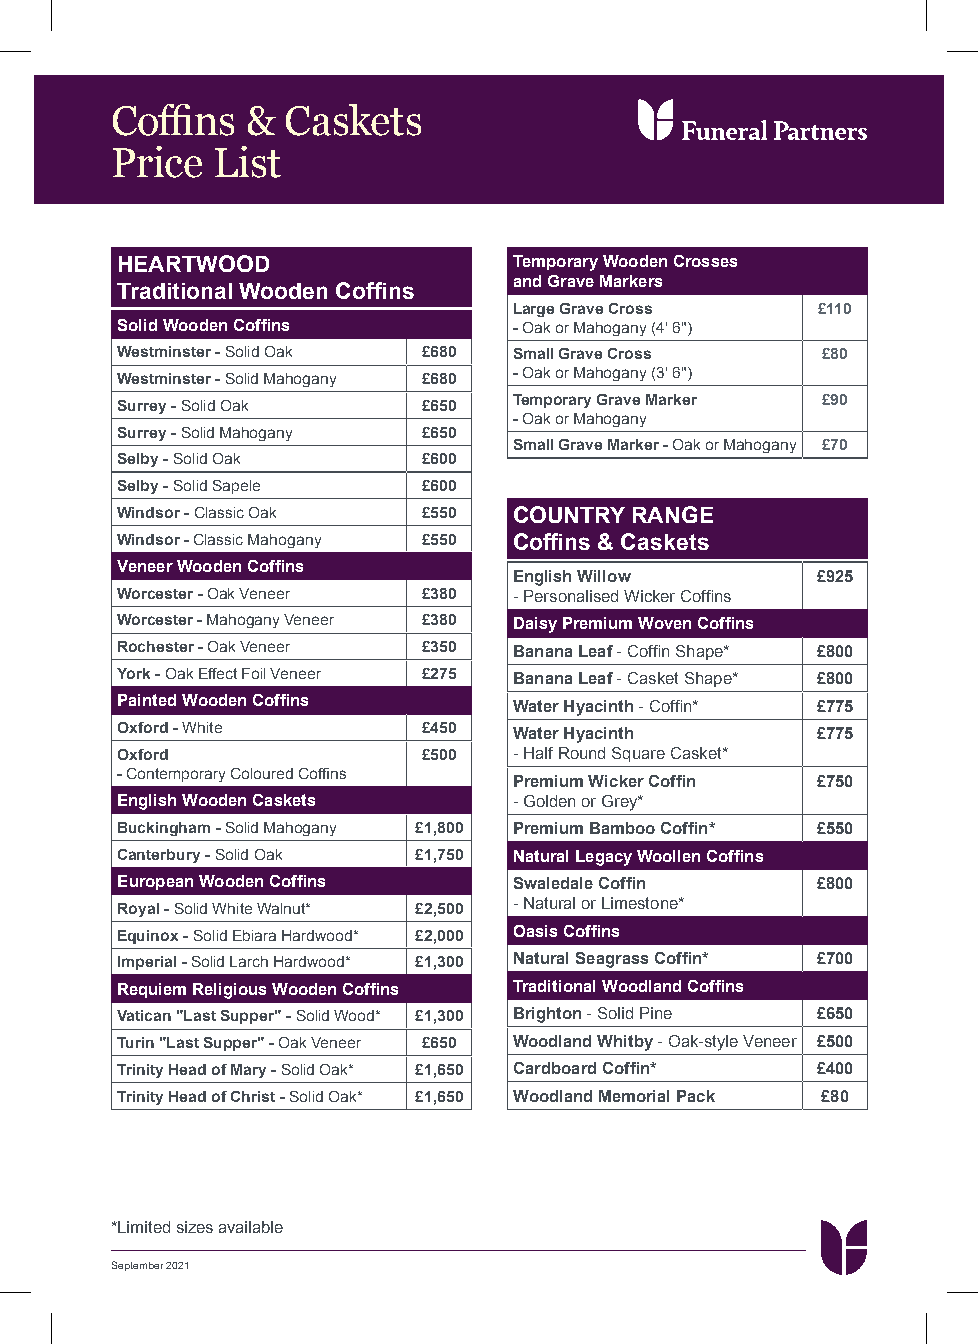
Coffins  &  Caskets
 Price  List
 HEARTWOOD                 Temporary Wooden Crosses
 and Grave Markers
 Traditional Wooden Coffins
 Large Grave Cross   £110
 Solid Wooden Coffins      - Oak or Mahogany (4' 6")
 Westminster - Solid Oak £680 Small Grave Cross £80
 Westminster - Solid Mahogany £680 - Oak or Mahogany (3' 6")
 Surrey - Solid Oak  £650  Temporary Grave Marker £90
 - Oak or Mahogany
 Surrey - Solid Mahogany £650
 Small Grave Marker - Oak or Mahogany £70
 Selby - Solid Oak   £600
 Selby - Solid Sapele £600
 Windsor - Classic Oak £550 COUNTRY RANGE
 Windsor - Classic Mahogany £550 Coffins & Caskets
 Veneer Wooden Coffins
 English Willow      £925
 Worcester - Oak Veneer £380 - Personalised Wicker Coffins
 Worcester - Mahogany Veneer £380 Daisy Premium Woven Coffins
 Rochester - Oak Veneer £350 Banana Leaf - Coffin Shape* £800
 York - Oak Effect Foil Veneer £275 Banana Leaf - Casket Shape* £800
 Painted Wooden Coffins    Water Hyacinth - Coffin* £775
 Oxford - White      £450  Water Hyacinth      £775
 Oxford              £500  - Half Round Square Casket*
 - Contemporary Coloured Coffins
 Premium Wicker Coffin £750
 English Wooden Caskets    - Golden or Grey*
 Buckingham - Solid Mahogany £1,800 Premium Bamboo Coffin* £550
 Canterbury - Solid Oak £1,750 Natural Legacy Woollen Coffins
 European Wooden Coffins   Swaledale Coffin    £800
 Royal - Solid White Walnut* £2,500 - Natural or Limestone*
 Equinox - Solid Ebiara Hardwood* £2,000 Oasis Coffins
 Imperial - Solid Larch Hardwood* £1,300 Natural Seagrass Coffin* £700
 Requiem Religious Wooden Coffins Traditional Woodland Coffins
 Vatican "Last Supper" - Solid Wood* £1,300 Brighton - Solid Pine £650
 Turin "Last Supper" - Oak Veneer £650 Woodland Whitby - Oak-style Veneer £500
 Trinity Head of Mary - Solid Oak* £1,650 Cardboard Coffin* £400
 Trinity Head of Christ - Solid Oak* £1,650 Woodland Memorial Pack £80
 *Limited sizes available
 September 2021